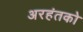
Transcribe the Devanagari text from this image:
अरहंतको